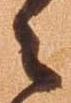
々